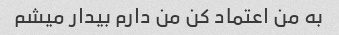
به من اعتماد کن من دارم بیدار میشم